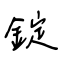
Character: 錠